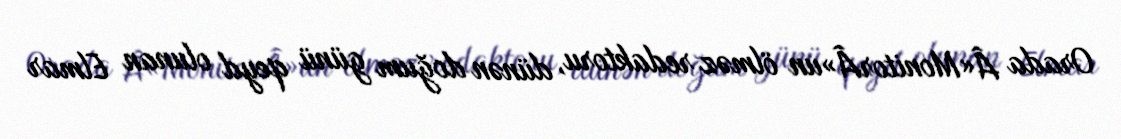
Orada Â«MonitorÂ»un ölməz redaktoru, dünən doğum günü qeyd olunan Elmar